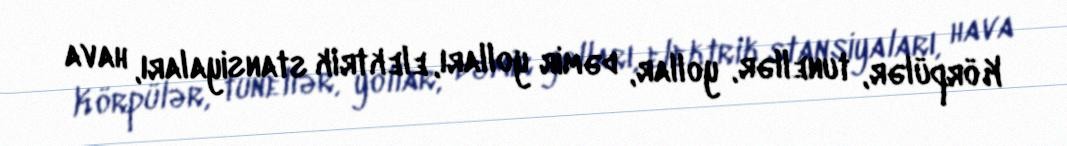
Körpülər, tunellər, yollar, dəmir yolları, elektrik stansiyaları, hava